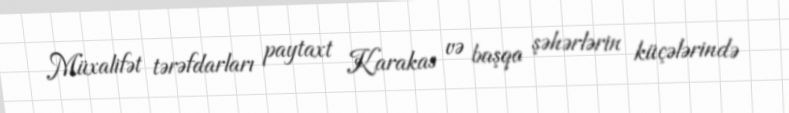
Müxalifət tərəfdarları paytaxt Karakas və başqa şəhərlərin küçələrində